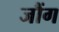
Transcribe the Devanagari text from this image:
जौंग